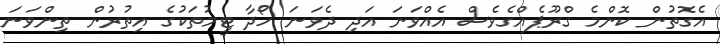
އެގޮތުން ކޮންމެ ގްރޫޕެއްގެވެސް އެއްވަނަ އަދި ދެވަނަ ހޯދާ ޓީމުތަކުގެ އިތުރުން ތިންވަނަ